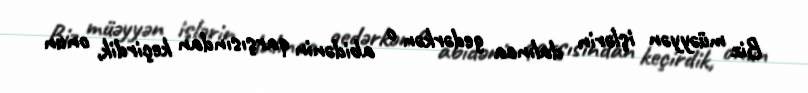
Biz müəyyən işlərin dalınca gedərkən o abidənin qarşısından keçirdik, onun